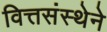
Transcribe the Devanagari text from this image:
वित्तसंस्थेने